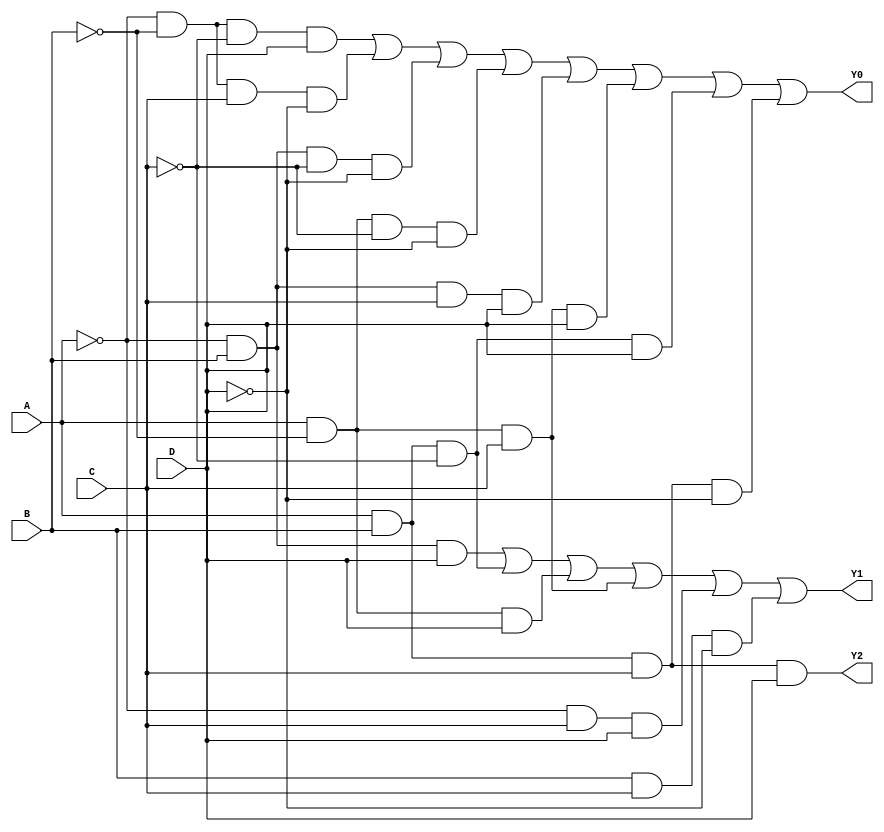
module encoder43gates(A, B, C, D, Y2, Y1, Y0);
	input A, B, C, D;
	output Y2, Y1, Y0;
	
	wire Ai, Bi, Ci, Di;
	wire w2, w3, w4, w5, w6, w7, w8, w9, w10, w11, w12, w13, w14, w15;
	
	not NotA(Ai, A);
	not NotB(Bi, B);
	not NotC(Ci, C);
	not NotD(Di, D);
	
	// Gates for Y2
	and U1(Y2, A, B, C, D);

	// Gates for Y1
	and U2(w2, Ai, B, D);
	and U3(w3, A, B, Ci);
	and U4(w4, A, Bi, D);
	and U5(w5, A, Bi, C);
	and U6(w6, Ai, C, D);
	and U7(w7, B, C, Di);
	
	// Gates for Y0
	and U8(w8, Ai, Bi, Ci, D);
	and U9(w9, Ai, Bi, C, Di);
	and U10(w10, Ai, B, Ci, Di);
	and U11(w11, A, Bi, Ci, Di);
	and U12(w12, Ai, B, C, D);
	and U13(w13, A, Bi, C, D);
	and U14(w14, A, B, Ci, D);
	and U15(w15, A, B, C, Di);

	or U16(Y1, w2, w3, w4, w5, w6, w7);
	or U17(Y0, w8, w9, w10, w11, w12, w13, w14, w15);
endmodule